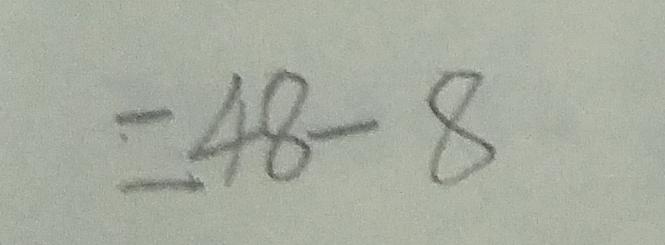
= 4 8 - 8